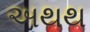
અથથ